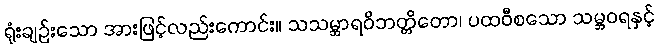
ရုံးချဉ်းသော အားဖြင့်လည်းကောင်း။ သသမ္ဘာရဝိဘတ္တိတော၊ ပထဝီစသော သမ္ဘဝရနှင့်